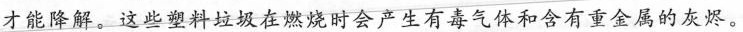
才能降解。这此塑料垃圾在燃烧时会产生有毒气体和含有重金属的灰烬。